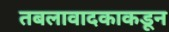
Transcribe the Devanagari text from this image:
तबलावादकाकडून